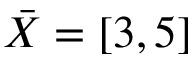
\bar { X } = [ 3 , 5 ]